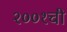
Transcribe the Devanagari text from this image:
२००१ची